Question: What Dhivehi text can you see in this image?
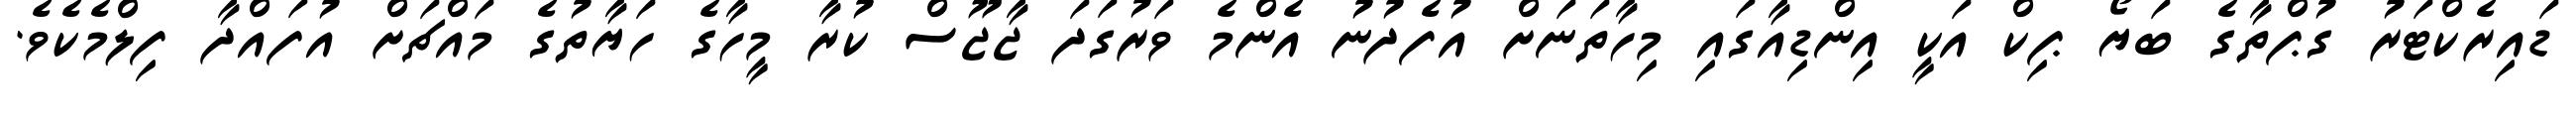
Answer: ޑައިރެކްޓަރު ގުޕްތާގެ ބަޔޯ ޕިކް އަކީ އިންޑިއާގައި މިހާތަނަށް އުފެދުނު އެންމެ ވަރުގަދަ ޖާޖޫސް ކުރާ މީހާގެ ހަޔާތުގެ މައްޗަށް އުފައްދާ ފިލްމެކެވެ.